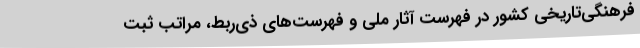
فرهنگی‌تاریخی کشور در فهرست آثار ملی و فهرست‌های ذی‌ربط، مراتب ثبت